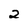
Character: 2